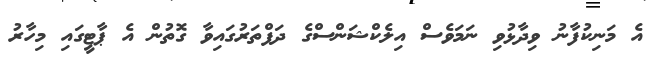
އެ މަނިކުފާނު ވިދާޅުވި ނަމަވެސް އިލެކްޝަންސްގެ ދަފްތަރުގައިވާ ގޮތުން އެ ޕާޓީގައި މިހާރު